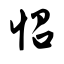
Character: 怊